65_HS1-834228961_62-HQ-83894_Section_8
Agency: FBI
Page 48
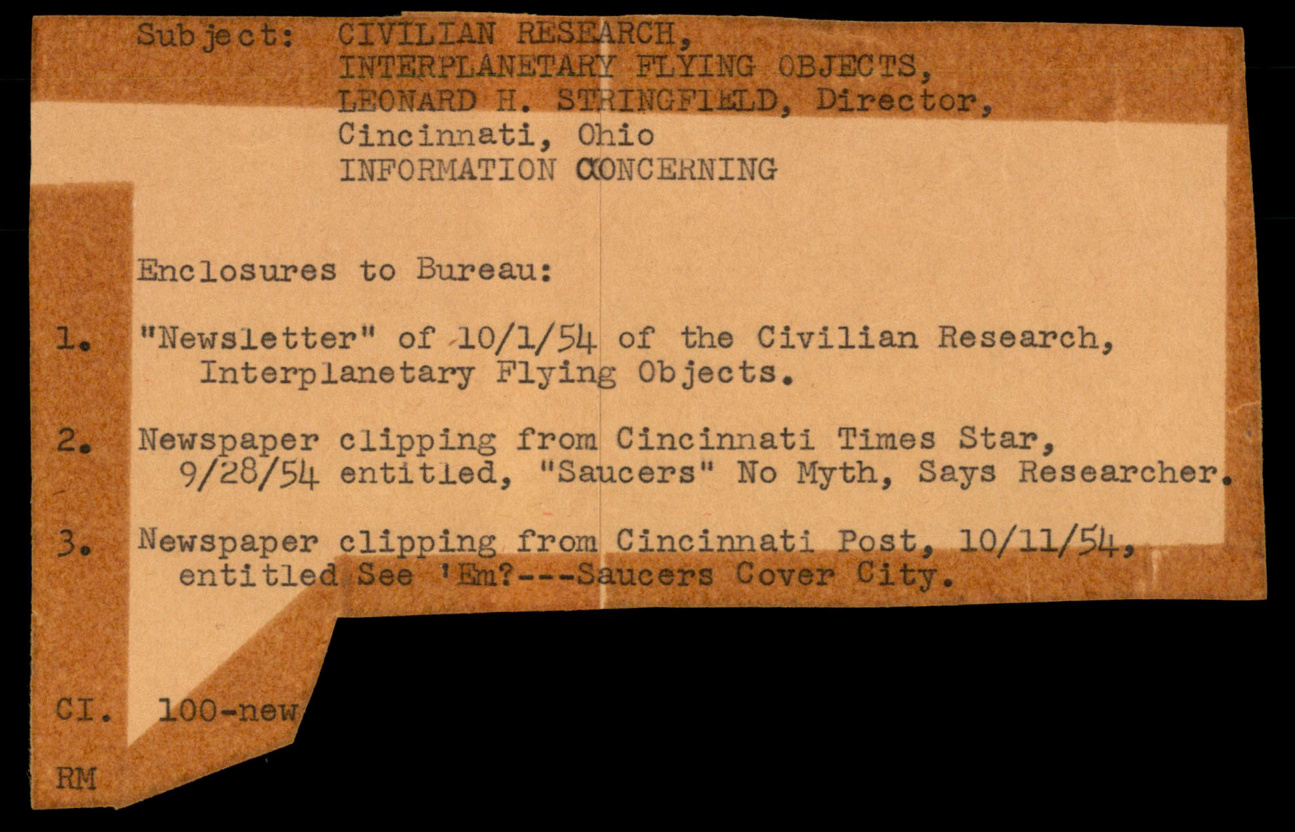